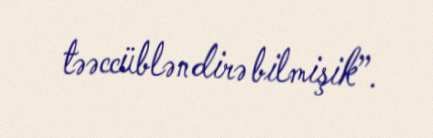
təəccübləndirə bilmişik”.